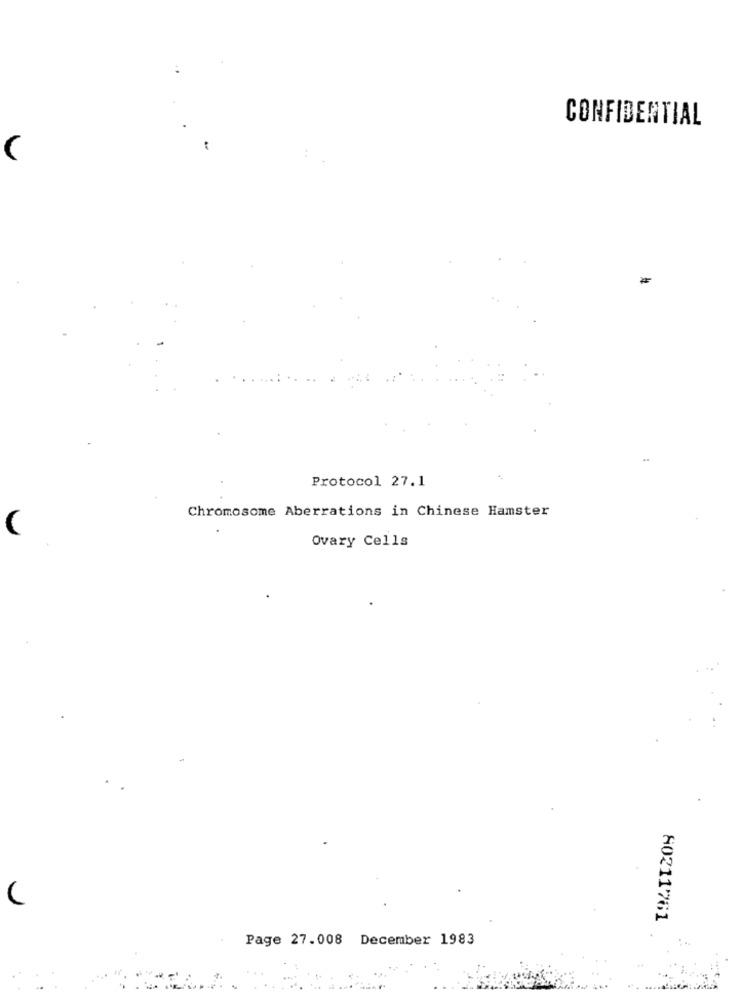
CONFIDENTIAL
Protocol 27.1
Chromosome Aberrations in Chinese Hamster
(
Ovary Cells
80211761
Page 27.008 December 1983